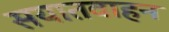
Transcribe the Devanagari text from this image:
सयातवाहन